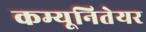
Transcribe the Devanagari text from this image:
कम्यूनितेयर